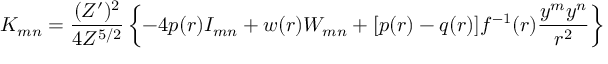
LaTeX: K _ { m n } = \frac { ( Z ^ { \prime } ) ^ { 2 } } { 4 Z ^ { 5 / 2 } } \left\{ - 4 p ( r ) I _ { m n } + w ( r ) W _ { m n } + [ p ( r ) - q ( r ) ] f ^ { - 1 } ( r ) \frac { y ^ { m } y ^ { n } } { r ^ { 2 } } \right\}